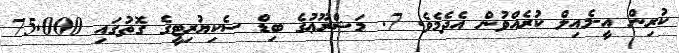
ކުރިން އީ-މެއިލް ކުރެއްވުން އެދެމެވެ. 7. މަޝްރޫޢުގެ ބިޑް ސެކިޔުރިޓީގެ ގޮތުގައި 75